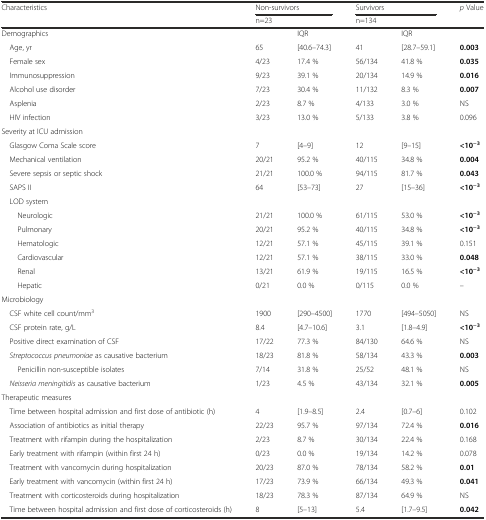
<table><thead><tr><td rowspan="2"><b>Characteristics</b></td><td colspan="2"><b>Non-survivors</b></td><td colspan="2"><b>Survivors</b></td><td><b><i>p</i> Value</b></td></tr><tr><td colspan="2"><b>n=23</b></td><td colspan="2"><b>n=134</b></td><td></td></tr></thead><tbody><tr><td>Demographics</td><td></td><td>IQR</td><td></td><td>IQR</td><td></td></tr><tr><td> Age, yr</td><td>65</td><td>[40.6–74.3]</td><td>41</td><td>[28.7–59.1]</td><td><b>0.003</b></td></tr><tr><td> Female sex</td><td>4/23</td><td>17.4 %</td><td>56/134</td><td>41.8 %</td><td><b>0.035</b></td></tr><tr><td> Immunosuppression</td><td>9/23</td><td>39.1 %</td><td>20/134</td><td>14.9 %</td><td><b>0.016</b></td></tr><tr><td> Alcohol use disorder</td><td>7/23</td><td>30.4 %</td><td>11/132</td><td>8.3 %</td><td><b>0.007</b></td></tr><tr><td> Asplenia</td><td>2/23</td><td>8.7 %</td><td>4/133</td><td>3.0 %</td><td>NS</td></tr><tr><td> HIV infection</td><td>3/23</td><td>13.0 %</td><td>5/133</td><td>3.8 %</td><td>0.096</td></tr><tr><td colspan="6">Severity at ICU admission</td></tr><tr><td> Glasgow Coma Scale score</td><td>7</td><td>[4–9]</td><td>12</td><td>[9–15]</td><td><b>&lt;10</b><sup><b>−3</b></sup></td></tr><tr><td> Mechanical ventilation</td><td>20/21</td><td>95.2 %</td><td>40/115</td><td>34.8 %</td><td><b>0.004</b></td></tr><tr><td> Severe sepsis or septic shock</td><td>21/21</td><td>100.0 %</td><td>94/115</td><td>81.7 %</td><td><b>0.043</b></td></tr><tr><td> SAPS II</td><td>64</td><td>[53–73]</td><td>27</td><td>[15–36]</td><td><b>&lt;10</b><sup><b>−3</b></sup></td></tr><tr><td> LOD system</td><td></td><td></td><td></td><td></td><td></td></tr><tr><td>Neurologic</td><td>21/21</td><td>100.0 %</td><td>61/115</td><td>53.0 %</td><td><b>&lt;10</b><sup><b>−3</b></sup></td></tr><tr><td>Pulmonary</td><td>20/21</td><td>95.2 %</td><td>40/115</td><td>34.8 %</td><td><b>&lt;10</b><sup><b>−3</b></sup></td></tr><tr><td>Hematologic</td><td>12/21</td><td>57.1 %</td><td>45/115</td><td>39.1 %</td><td>0.151</td></tr><tr><td>Cardiovascular</td><td>12/21</td><td>57.1 %</td><td>38/115</td><td>33.0 %</td><td><b>0.048</b></td></tr><tr><td>Renal</td><td>13/21</td><td>61.9 %</td><td>19/115</td><td>16.5 %</td><td><b>&lt;10</b><sup><b>−3</b></sup></td></tr><tr><td>Hepatic</td><td>0/21</td><td>0.0 %</td><td>0/115</td><td>0.0 %</td><td>–</td></tr><tr><td colspan="6">Microbiology</td></tr><tr><td> CSF white cell count/mm<sup>3</sup></td><td>1900</td><td>[290–4500]</td><td>1770</td><td>[494–5050]</td><td>NS</td></tr><tr><td> CSF protein rate, g/L</td><td>8.4</td><td>[4.7–10.6]</td><td>3.1</td><td>[1.8–4.9]</td><td><b>&lt;10</b><sup><b>−3</b></sup></td></tr><tr><td> Positive direct examination of CSF</td><td>17/22</td><td>77.3 %</td><td>84/130</td><td>64.6 %</td><td>NS</td></tr><tr><td> <i>Streptococcus pneumoniae</i> as causative bacterium</td><td>18/23</td><td>81.8 %</td><td>58/134</td><td>43.3 %</td><td><b>0.003</b></td></tr><tr><td>Penicillin non-susceptible isolates</td><td>7/14</td><td>31.8 %</td><td>25/52</td><td>48.1 %</td><td>NS</td></tr><tr><td> <i>Neisseria meningitidis</i> as causative bacterium</td><td>1/23</td><td>4.5 %</td><td>43/134</td><td>32.1 %</td><td><b>0.005</b></td></tr><tr><td colspan="6">Therapeutic measures</td></tr><tr><td> Time between hospital admission and first dose of antibiotic (h)</td><td>4</td><td>[1.9–8.5]</td><td>2.4</td><td>[0.7–6]</td><td>0.102</td></tr><tr><td> Association of antibiotics as initial therapy</td><td>22/23</td><td>95.7 %</td><td>97/134</td><td>72.4 %</td><td><b>0.016</b></td></tr><tr><td> Treatment with rifampin during the hospitalization</td><td>2/23</td><td>8.7 %</td><td>30/134</td><td>22.4 %</td><td>0.168</td></tr><tr><td> Early treatment with rifampin (within first 24 h)</td><td>0/23</td><td>0.0 %</td><td>19/134</td><td>14.2 %</td><td>0.078</td></tr><tr><td> Treatment with vancomycin during hospitalization</td><td>20/23</td><td>87.0 %</td><td>78/134</td><td>58.2 %</td><td><b>0.01</b></td></tr><tr><td> Early treatment with vancomycin (within first 24 h)</td><td>17/23</td><td>73.9 %</td><td>66/134</td><td>49.3 %</td><td><b>0.041</b></td></tr><tr><td> Treatment with corticosteroids during hospitalization</td><td>18/23</td><td>78.3 %</td><td>87/134</td><td>64.9 %</td><td>NS</td></tr><tr><td> Time between hospital admission and first dose of corticosteroids (h)</td><td>8</td><td>[5–13]</td><td>5.4</td><td>[1.7–9.5]</td><td><b>0.042</b></td></tr></tbody></table>